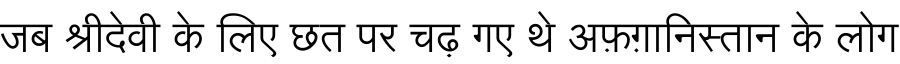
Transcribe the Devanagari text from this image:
जब श्रीदेवी के लिए छत पर चढ़ गए थे अफ़ग़ानिस्तान के लोग